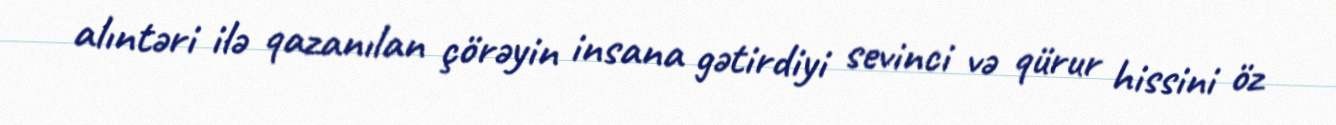
alıntəri ilə qazanılan çörəyin insana gətirdiyi sevinci və qürur hissini öz